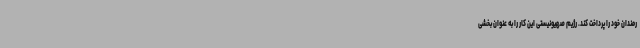
رمندان خود را پرداخت کند. رژیم صهیونیستی این کار را به عنوان بخشی